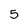
Character: 5